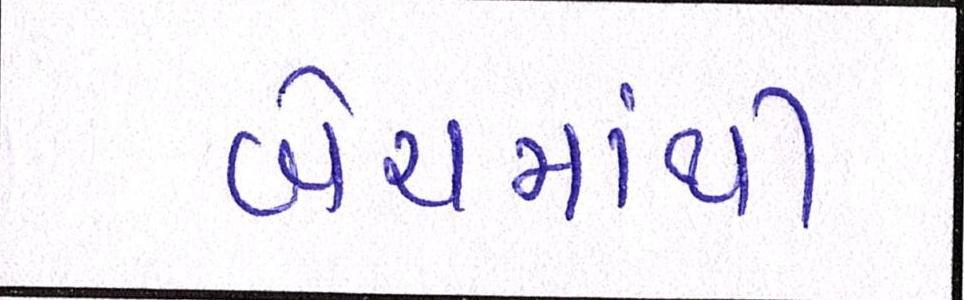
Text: બેચમાંથી